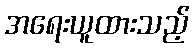
အရေးယူထားသည့်